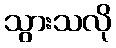
သွားသလို